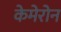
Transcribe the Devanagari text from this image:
केमेरोन